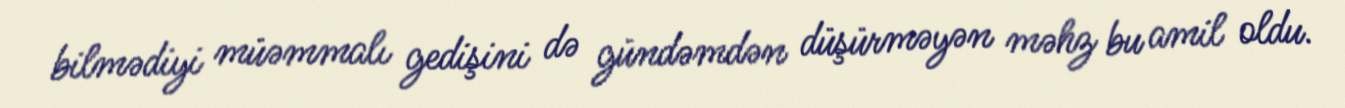
bilmədiyi müəmmalı gedişini də gündəmdən düşürməyən məhz bu amil oldu.